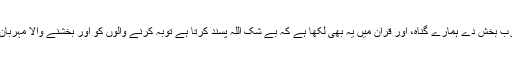
اے ربّ بخش دے ہمارے گناہ، اور قرآن میں یہ بھی لکھا ہے کہ بے شک اللہ پسند کرتا ہے توبہ کرنے والوں کو اور بخشنے والا مہربان ہے۔